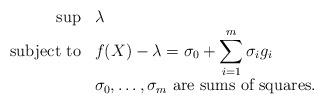
LaTeX: \begin{align*}\begin{array}{rl}\sup & \displaystyle \lambda \\\textnormal{subject to} & \displaystyle f(X)-\lambda = \sigma_0 + \sum_{i=1}^m \sigma_ig_i \\& \displaystyle \sigma_0,\dots,\sigma_m \textrm{ are sums of squares}.\end{array}\end{align*}